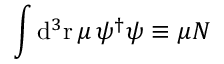
\int \mathrm { d } ^ { 3 } \mathrm { r \, } \mu \, \psi ^ { \dagger } \/ \psi \equiv \mu N